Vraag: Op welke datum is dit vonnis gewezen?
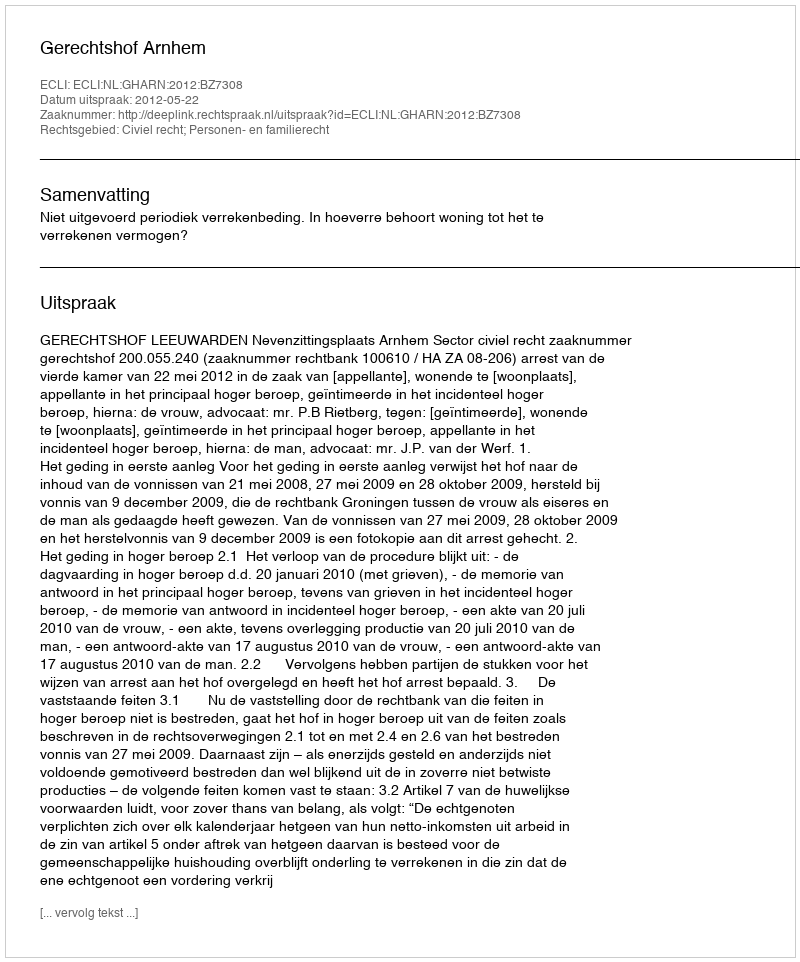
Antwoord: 2012-05-22